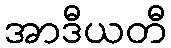
အာဒီယတီ